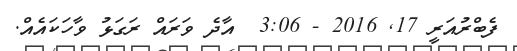
ފެބްރުއަރީ 17